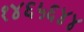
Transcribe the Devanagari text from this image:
१४६५६४४